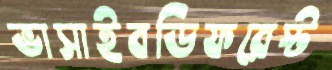
ভাসাইবডিফরেস্ট